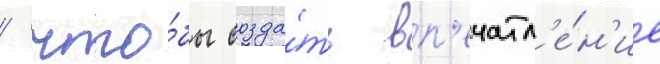
/ что́бы созда́ть вп'ечатл'е́н'ие